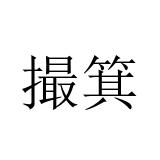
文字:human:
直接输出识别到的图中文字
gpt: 撮箕